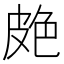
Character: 𦫗